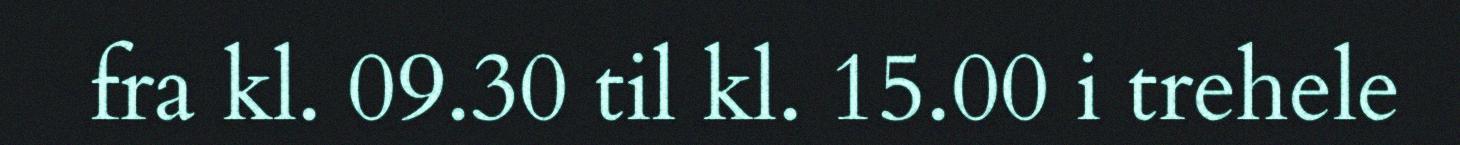
fra kl. 09.30 til kl. 15.00 i trehele